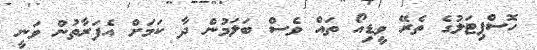
ހޮސްޕިޓަލުގެ ތެރޭ ވީޑިއޯ ތައް ވެސް ބަލަމުން ދާ ކަމަށް އެފަރާތުން ވަނީ